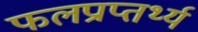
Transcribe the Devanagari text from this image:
फलप्राप्तर्थ्य